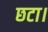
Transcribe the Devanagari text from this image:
छटा।